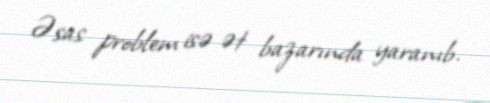
Əsas problem isə ət bazarında yaranıb.